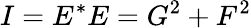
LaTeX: I=E^{\ast}E=G^{2}+F^{2}